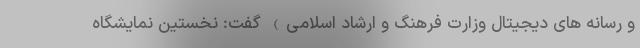
و رسانه های دیجیتال وزارت فرهنگ و ارشاد اسلامی) گفت: نخستین نمایشگاه